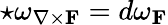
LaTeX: \star\omega_{\nabla\times\mathbf{F}}=d\omega_{\mathbf{F}}